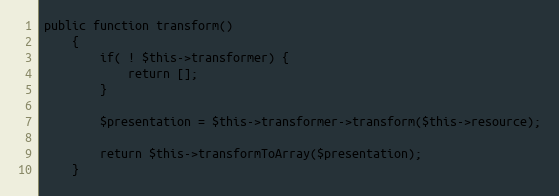
Language: PHP
public function transform()
    {
        if( ! $this->transformer) {
            return [];
        }

        $presentation = $this->transformer->transform($this->resource);

        return $this->transformToArray($presentation);
    }